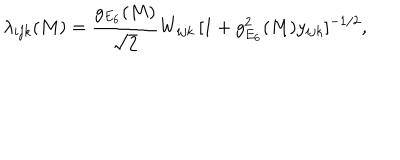
\lambda _ { i j k } ( M ) = \frac { g _ { E _ { 6 } } ( M ) } { \sqrt { 2 } } W _ { i j k } \, [ 1 + g _ { E _ { 6 } } ^ { 2 } ( M ) y _ { i j k } ] ^ { - 1 / 2 } ,